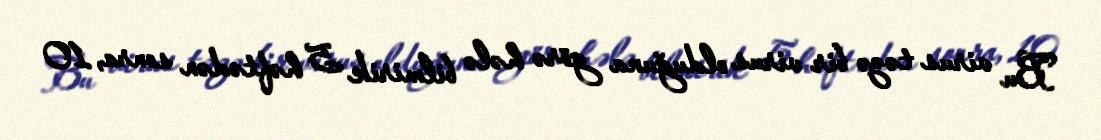
Bu virus təzə bir virus olduğuna görə hələ bilmirik 5 həftədən sonra, 10